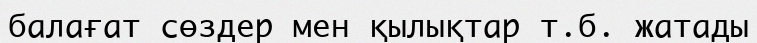
балағат сөздер мен қылықтар т.б. жатады